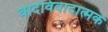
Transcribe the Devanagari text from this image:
वादविवादात्मक